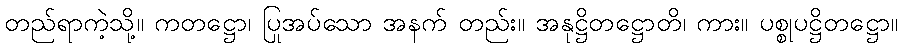
တည်ရာကဲ့သို့။ ကတဋ္ဌော၊ ပြုအပ်သော အနက် တည်း။ အနုဋ္ဌိတဋ္ဌောတိ၊ ကား။ ပစ္စုပဋ္ဌိတဋ္ဌော။